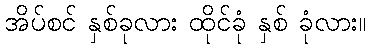
အိပ်စင် နှစ်ခုလား ထိုင်ခုံ နှစ် ခုံလား။